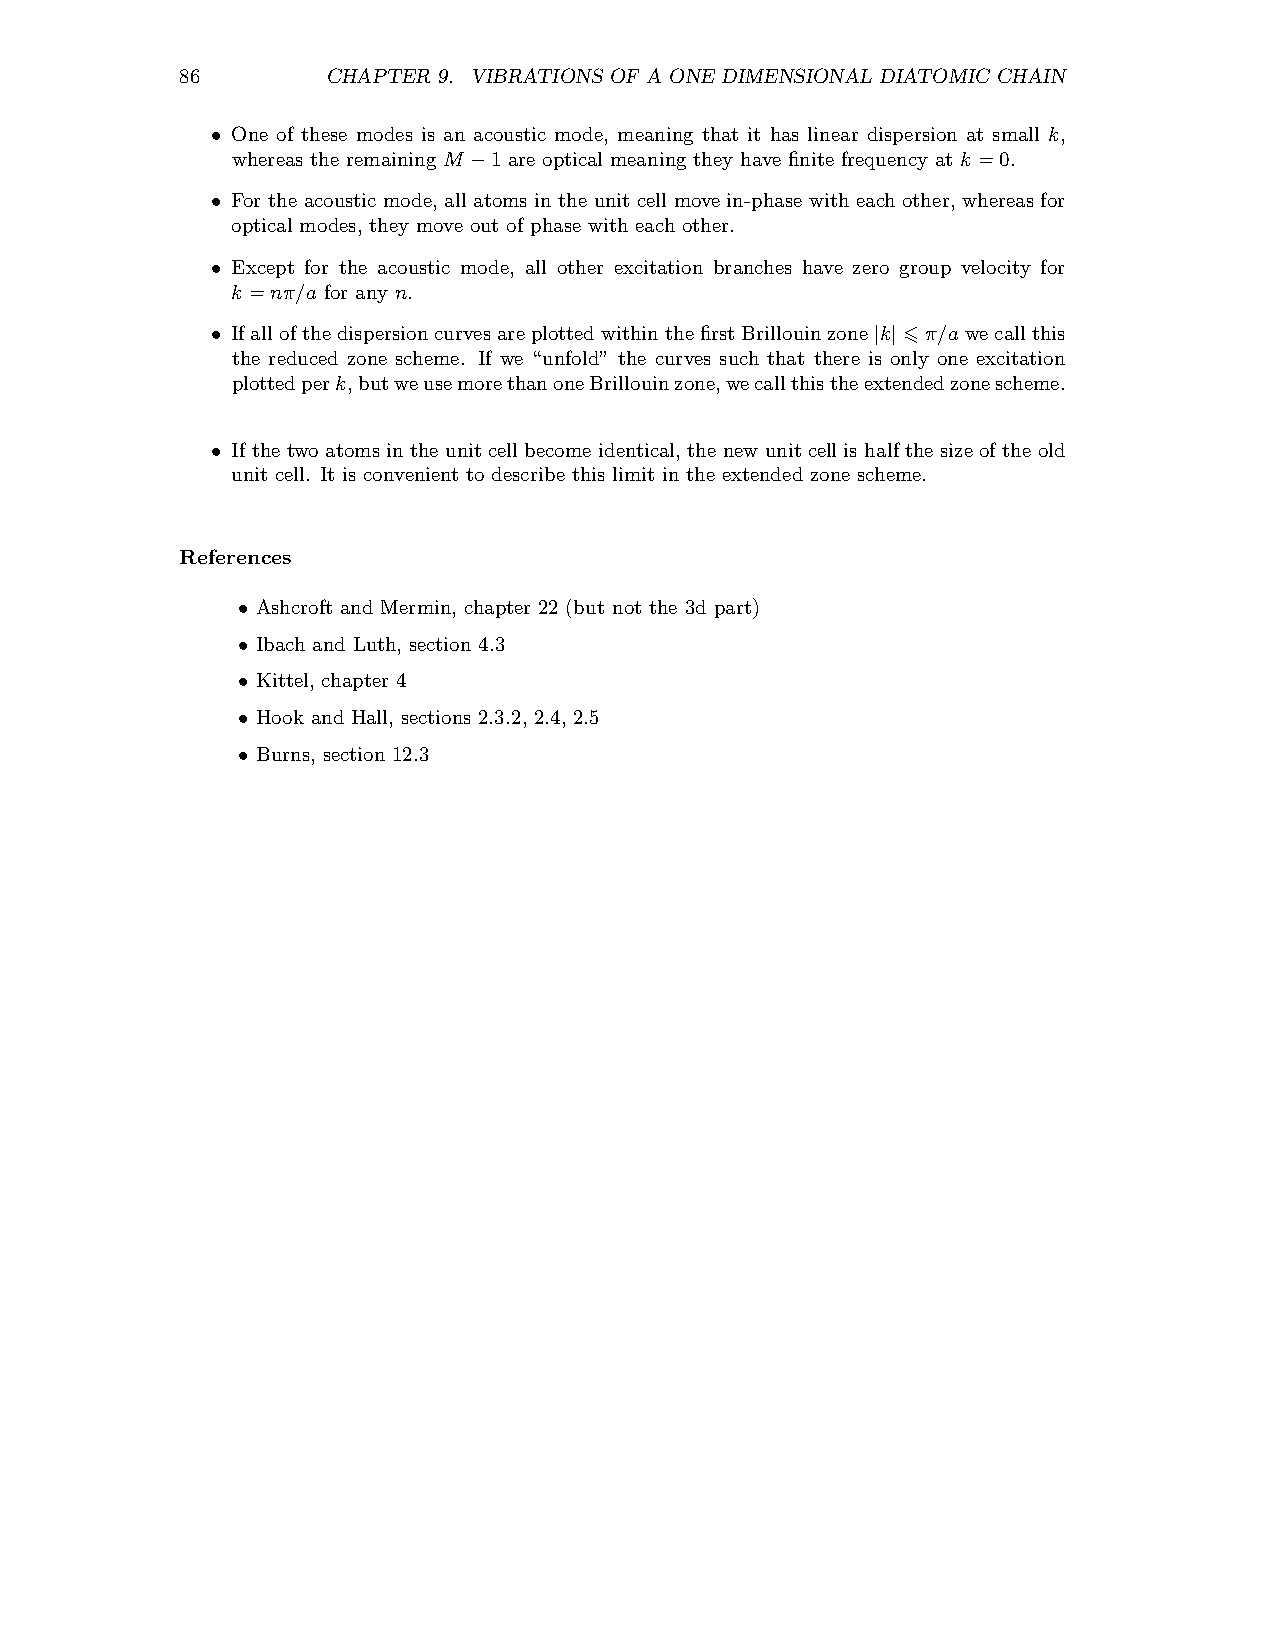
86        CHAPTER 9. VIBRATIONS OF A ONE DIMENSIONAL DIATOMIC CHAIN
 One of these modes is an acoustic mode, meaning that it has linear dispersion at small k,
 •
 whereas the remaining M 1 are optical meaning they have finite frequency at k =0.
 −
 For the acoustic mode, all atoms in the unit cell move in-phase with each other, whereas for
 •
 optical modes, they move out of phase with each other.
 Except for the acoustic mode, all other excitation branches have zero group velocity for
 •
 k =nπ/a for any n.
 Ifallofthe dispersioncurvesareplottedwithinthe firstBrillouinzone k 6π/awecallthis
 •                                           | |
 the reduced zone scheme. If we “unfold” the curves such that there is only one excitation
 plottedperk,butweusemorethanoneBrillouinzone,wecallthistheextendedzonescheme.
 If the two atoms in the unit cellbecome identical,the new unit cellis halfthe size of the old
 •
 unit cell. It is convenient to describe this limit in the extended zone scheme.
 References
 Ashcroft and Mermin, chapter 22 (but not the 3d part)
 •
 Ibach and Luth, section 4.3
 •
 Kittel, chapter 4
 •
 Hook and Hall, sections 2.3.2, 2.4, 2.5
 •
 Burns, section 12.3
 •